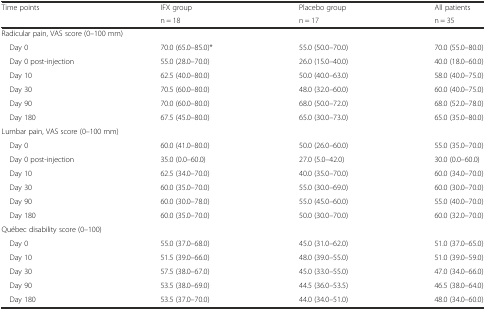
<table><thead><tr><td rowspan="2"><b>Time points</b></td><td><b>IFX group</b></td><td><b>Placebo group</b></td><td><b>All patients</b></td></tr><tr><td><b>n = 18</b></td><td><b>n = 17</b></td><td><b>n = 35</b></td></tr></thead><tbody><tr><td colspan="4">Radicular pain, VAS score (0–100 mm)</td></tr><tr><td> Day 0</td><td>70.0 (65.0–85.0)*</td><td>55.0 (50.0–70.0)</td><td>70.0 (55.0–80.0)</td></tr><tr><td> Day 0 post-injection</td><td>55.0 (28.0–70.0)</td><td>26.0 (15.0–40.0)</td><td>40.0 (18.0–60.0)</td></tr><tr><td> Day 10</td><td>62.5 (40.0–80.0)</td><td>50.0 (40.0–63.0)</td><td>58.0 (40.0–75.0)</td></tr><tr><td> Day 30</td><td>70.5 (60.0–80.0)</td><td>48.0 (32.0–60.0)</td><td>60.0 (40.0–75.0)</td></tr><tr><td> Day 90</td><td>70.0 (60.0–80.0)</td><td>68.0 (50.0–72.0)</td><td>68.0 (52.0–78.0)</td></tr><tr><td> Day 180</td><td>67.5 (45.0–80.0)</td><td>65.0 (30.0–73.0)</td><td>65.0 (35.0–80.0)</td></tr><tr><td colspan="4">Lumbar pain, VAS score (0–100 mm)</td></tr><tr><td> Day 0</td><td>60.0 (41.0–80.0)</td><td>50.0 (26.0–60.0)</td><td>55.0 (35.0–70.0)</td></tr><tr><td> Day 0 post-injection</td><td>35.0 (0.0–60.0)</td><td>27.0 (5.0–42.0)</td><td>30.0 (0.0–60.0)</td></tr><tr><td> Day 10</td><td>62.5 (34.0–70.0)</td><td>40.0 (35.0–70.0)</td><td>60.0 (34.0–70.0)</td></tr><tr><td> Day 30</td><td>60.0 (35.0–70.0)</td><td>55.0 (30.0–69.0)</td><td>60.0 (30.0–70.0)</td></tr><tr><td> Day 90</td><td>60.0 (30.0–78.0)</td><td>55.0 (45.0–60.0)</td><td>55.0 (40.0–70.0)</td></tr><tr><td> Day 180</td><td>60.0 (35.0–70.0)</td><td>50.0 (30.0–70.0)</td><td>60.0 (32.0–70.0)</td></tr><tr><td colspan="4">Québec disability score (0–100)</td></tr><tr><td> Day 0</td><td>55.0 (37.0–68.0)</td><td>45.0 (31.0–62.0)</td><td>51.0 (37.0–65.0)</td></tr><tr><td> Day 10</td><td>51.5 (39.0–66.0)</td><td>48.0 (39.0–55.0)</td><td>51.0 (39.0–59.0)</td></tr><tr><td> Day 30</td><td>57.5 (38.0–67.0)</td><td>45.0 (33.0–55.0)</td><td>47.0 (34.0–66.0)</td></tr><tr><td> Day 90</td><td>53.5 (38.0–69.0)</td><td>44.5 (36.0–53.5)</td><td>46.5 (38.0–64.0)</td></tr><tr><td> Day 180</td><td>53.5 (37.0–70.0)</td><td>44.0 (34.0–51.0)</td><td>48.0 (34.0–60.0)</td></tr></tbody></table>